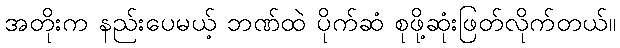
အတိုးက နည်းပေမယ့် ဘဏ်ထဲ ပိုက်ဆံ စုဖို့ဆုံးဖြတ်လိုက်တယ်။